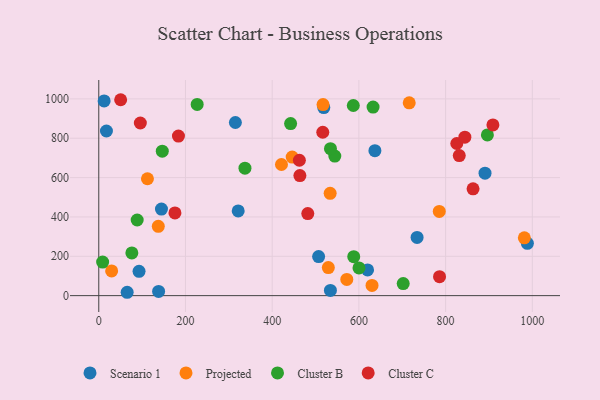
{"axis": {"x": "Speed", "y": "Yield"}, "legend": ["Cluster B", "Cluster C", "Projected", "Scenario 1"], "data": [{"x": "315.1", "y": 880.0, "type": "Scenario 1"}, {"x": "890.9", "y": 622.3, "type": "Scenario 1"}, {"x": "144.6", "y": 440.1, "type": "Scenario 1"}, {"x": "12.4", "y": 989.6, "type": "Scenario 1"}, {"x": "65.5", "y": 17.1, "type": "Scenario 1"}, {"x": "636.9", "y": 736.9, "type": "Scenario 1"}, {"x": "92.9", "y": 123.4, "type": "Scenario 1"}, {"x": "519.0", "y": 955.7, "type": "Scenario 1"}, {"x": "988.6", "y": 266.1, "type": "Scenario 1"}, {"x": "620.0", "y": 130.8, "type": "Scenario 1"}, {"x": "17.7", "y": 836.7, "type": "Scenario 1"}, {"x": "534.3", "y": 26.3, "type": "Scenario 1"}, {"x": "734.2", "y": 296.0, "type": "Scenario 1"}, {"x": "507.1", "y": 198.6, "type": "Scenario 1"}, {"x": "321.6", "y": 430.3, "type": "Scenario 1"}, {"x": "138.0", "y": 21.2, "type": "Scenario 1"}, {"x": "446.1", "y": 704.1, "type": "Projected"}, {"x": "785.4", "y": 427.8, "type": "Projected"}, {"x": "529.5", "y": 142.8, "type": "Projected"}, {"x": "137.3", "y": 352.5, "type": "Projected"}, {"x": "533.7", "y": 519.8, "type": "Projected"}, {"x": "630.3", "y": 51.8, "type": "Projected"}, {"x": "112.3", "y": 594.1, "type": "Projected"}, {"x": "572.1", "y": 82.4, "type": "Projected"}, {"x": "29.7", "y": 125.7, "type": "Projected"}, {"x": "981.6", "y": 293.9, "type": "Projected"}, {"x": "421.4", "y": 666.5, "type": "Projected"}, {"x": "716.1", "y": 980.1, "type": "Projected"}, {"x": "517.3", "y": 971.3, "type": "Projected"}, {"x": "442.5", "y": 874.3, "type": "Cluster B"}, {"x": "587.1", "y": 966.3, "type": "Cluster B"}, {"x": "88.6", "y": 384.5, "type": "Cluster B"}, {"x": "8.9", "y": 170.7, "type": "Cluster B"}, {"x": "632.7", "y": 958.3, "type": "Cluster B"}, {"x": "76.3", "y": 216.9, "type": "Cluster B"}, {"x": "544.4", "y": 709.4, "type": "Cluster B"}, {"x": "227.0", "y": 972.0, "type": "Cluster B"}, {"x": "534.4", "y": 746.7, "type": "Cluster B"}, {"x": "896.4", "y": 816.9, "type": "Cluster B"}, {"x": "600.2", "y": 140.7, "type": "Cluster B"}, {"x": "337.2", "y": 647.7, "type": "Cluster B"}, {"x": "146.5", "y": 734.4, "type": "Cluster B"}, {"x": "588.1", "y": 197.8, "type": "Cluster B"}, {"x": "702.2", "y": 61.4, "type": "Cluster B"}, {"x": "482.1", "y": 417.3, "type": "Cluster C"}, {"x": "825.8", "y": 773.1, "type": "Cluster C"}, {"x": "183.8", "y": 811.0, "type": "Cluster C"}, {"x": "844.4", "y": 805.2, "type": "Cluster C"}, {"x": "863.3", "y": 542.8, "type": "Cluster C"}, {"x": "786.0", "y": 96.3, "type": "Cluster C"}, {"x": "463.9", "y": 610.1, "type": "Cluster C"}, {"x": "516.7", "y": 830.3, "type": "Cluster C"}, {"x": "909.1", "y": 867.7, "type": "Cluster C"}, {"x": "175.7", "y": 420.4, "type": "Cluster C"}, {"x": "462.7", "y": 688.1, "type": "Cluster C"}, {"x": "95.9", "y": 877.4, "type": "Cluster C"}, {"x": "50.5", "y": 995.7, "type": "Cluster C"}, {"x": "831.5", "y": 712.0, "type": "Cluster C"}]}